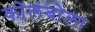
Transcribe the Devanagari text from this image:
कोलंबोला